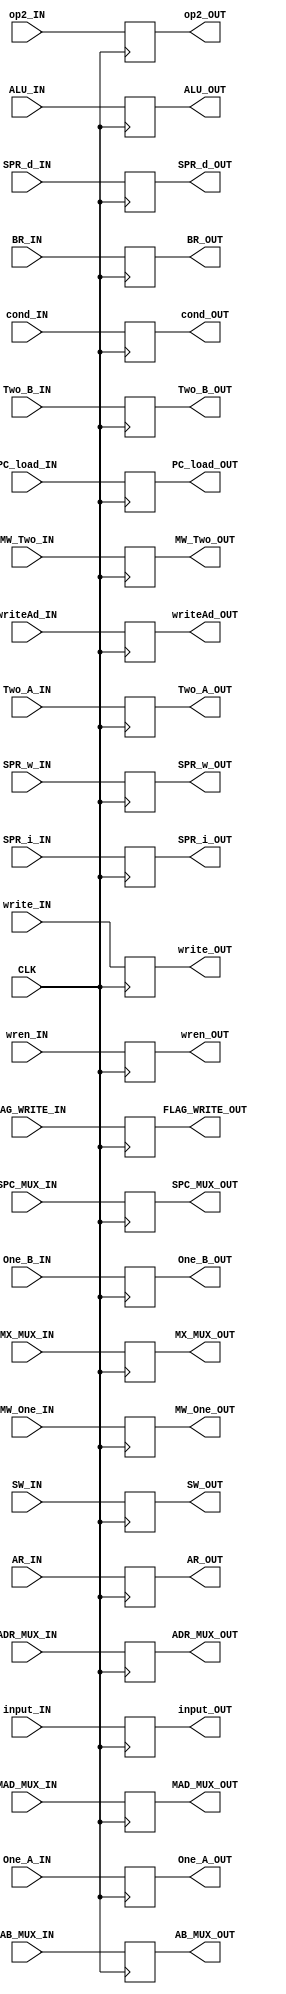
module DecodeUnitRegisterOne(
   input 	CLK, One_A_IN, One_B_IN, Two_A_IN, Two_B_IN, MW_One_IN, MW_Two_IN,
   input 	input_IN, wren_IN,
   input [2:0] 	writeAd_IN,
   input 	ADR_MUX_IN, write_IN, PC_load_IN,
   input 	SPR_w_IN, SPR_i_IN, SPR_d_IN,
   input [2:0] 	cond_IN, op2_IN,
   input 	SW_IN, MAD_MUX_IN, FLAG_WRITE_IN, AR_IN, BR_IN,
   input [3:0] 	ALU_IN,
   input 	SPC_MUX_IN, MX_MUX_IN, AB_MUX_IN,
   output       One_A_OUT, One_B_OUT, Two_A_OUT, Two_B_OUT, MW_One_OUT, MW_Two_OUT,
   output 	input_OUT, wren_OUT,
   output [2:0] writeAd_OUT,
   output 	ADR_MUX_OUT, write_OUT, PC_load_OUT,
   output 	SPR_w_OUT, SPR_i_OUT, SPR_d_OUT,
   output [2:0] cond_OUT, op2_OUT,
   output 	SW_OUT, MAD_MUX_OUT, FLAG_WRITE_OUT, AR_OUT, BR_OUT,
   output [3:0] ALU_OUT,
   output 	SPC_MUX_OUT, MX_MUX_OUT, AB_MUX_OUT);

   reg          oa, ob, ta, tb;
   reg          ar, br;
   reg [3:0]    alu;
   reg          in, wren;
   reg [2:0]    writeAd;
   reg          adrmux, write, pcload;
   reg [2:0] 	cond, opera2;
   reg 		sprw,spri,sprd;
   reg 		sw, mad, flw;
   reg 		spc, mx, ab;
   reg		mwo, mwt;

   always @ (posedge CLK) begin
      mwo <= MW_One_IN;
      mwt <= MW_Two_IN;
      oa <= One_A_IN;
      ob <= One_B_IN;
      ta <= Two_A_IN;
      tb <= Two_B_IN;
      ar <= AR_IN;
      br <= BR_IN;
      alu <= ALU_IN;
      in <= input_IN;
      wren <= wren_IN;
      writeAd <= writeAd_IN;
      adrmux <= ADR_MUX_IN;
      write <= write_IN;
      pcload <= PC_load_IN;
      cond <= cond_IN;
      opera2 <= op2_IN;
      sprw <= SPR_w_IN;
      spri <= SPR_i_IN;
      sprd <= SPR_d_IN;
      sw <= SW_IN;
      mad <= MAD_MUX_IN;
      spc <= SPC_MUX_IN;
      mx <= MX_MUX_IN;
      ab <= AB_MUX_IN;
      flw <= FLAG_WRITE_IN;
   end // always @ (posedge CLK)

   assign MW_One_OUT = mwo;
   assign MW_Two_OUT = mwt;
   assign One_A_OUT = oa;
   assign One_B_OUT = ob;
   assign Two_A_OUT = ta;
   assign Two_B_OUT = tb;
   assign AR_OUT = ar;
   assign BR_OUT = br;
   assign ALU_OUT = alu;
   assign input_OUT = in;
   assign wren_OUT = wren;
   assign writeAd_OUT = writeAd;
   assign ADR_MUX_OUT = adrmux;
   assign write_OUT = write;
   assign PC_load_OUT = pcload;
   assign cond_OUT = cond;
   assign op2_OUT = opera2;
   assign SPR_w_OUT = sprw;
   assign SPR_i_OUT = spri;
   assign SPR_d_OUT = sprd;
   assign SW_OUT = sw;
   assign MAD_MUX_OUT = mad;
   assign FLAG_WRITE_OUT = flw;
   assign SPC_MUX_OUT = spc;
   assign MX_MUX_OUT = mx;
   assign AB_MUX_OUT = ab;
endmodule